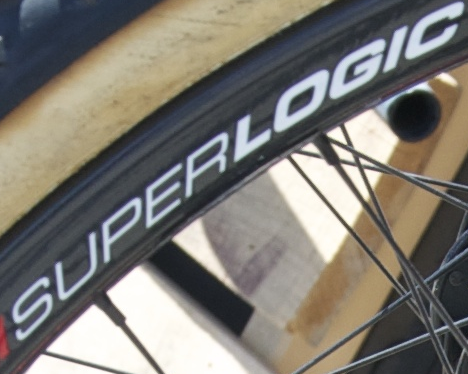
SUPERLOGIC